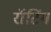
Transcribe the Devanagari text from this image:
रॉटिंग